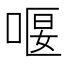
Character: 𠸯